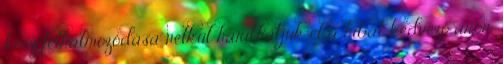
kosz felhalmozódása nélkül háríthatjuk el a hibát kedvező áron,